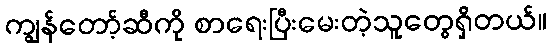
ကျွန်တော့်ဆီကို စာရေးပြီးမေးတဲ့သူတွေရှိတယ်။